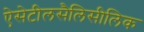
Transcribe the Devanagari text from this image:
ऐसेटीलसैलिसीलिक